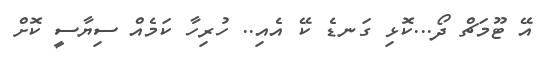
އޭ ޓޫމަޗް ދޯ...ކޮޅި ގަނޑެ ކޭ އެއި.. ހުރިހާ ކަމެއް ސިޔާސީ ކޮށް